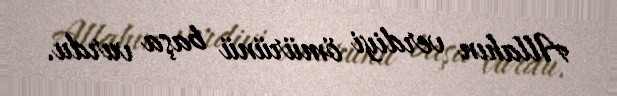
Allahın verdiyi ömürünü başa vurdu.